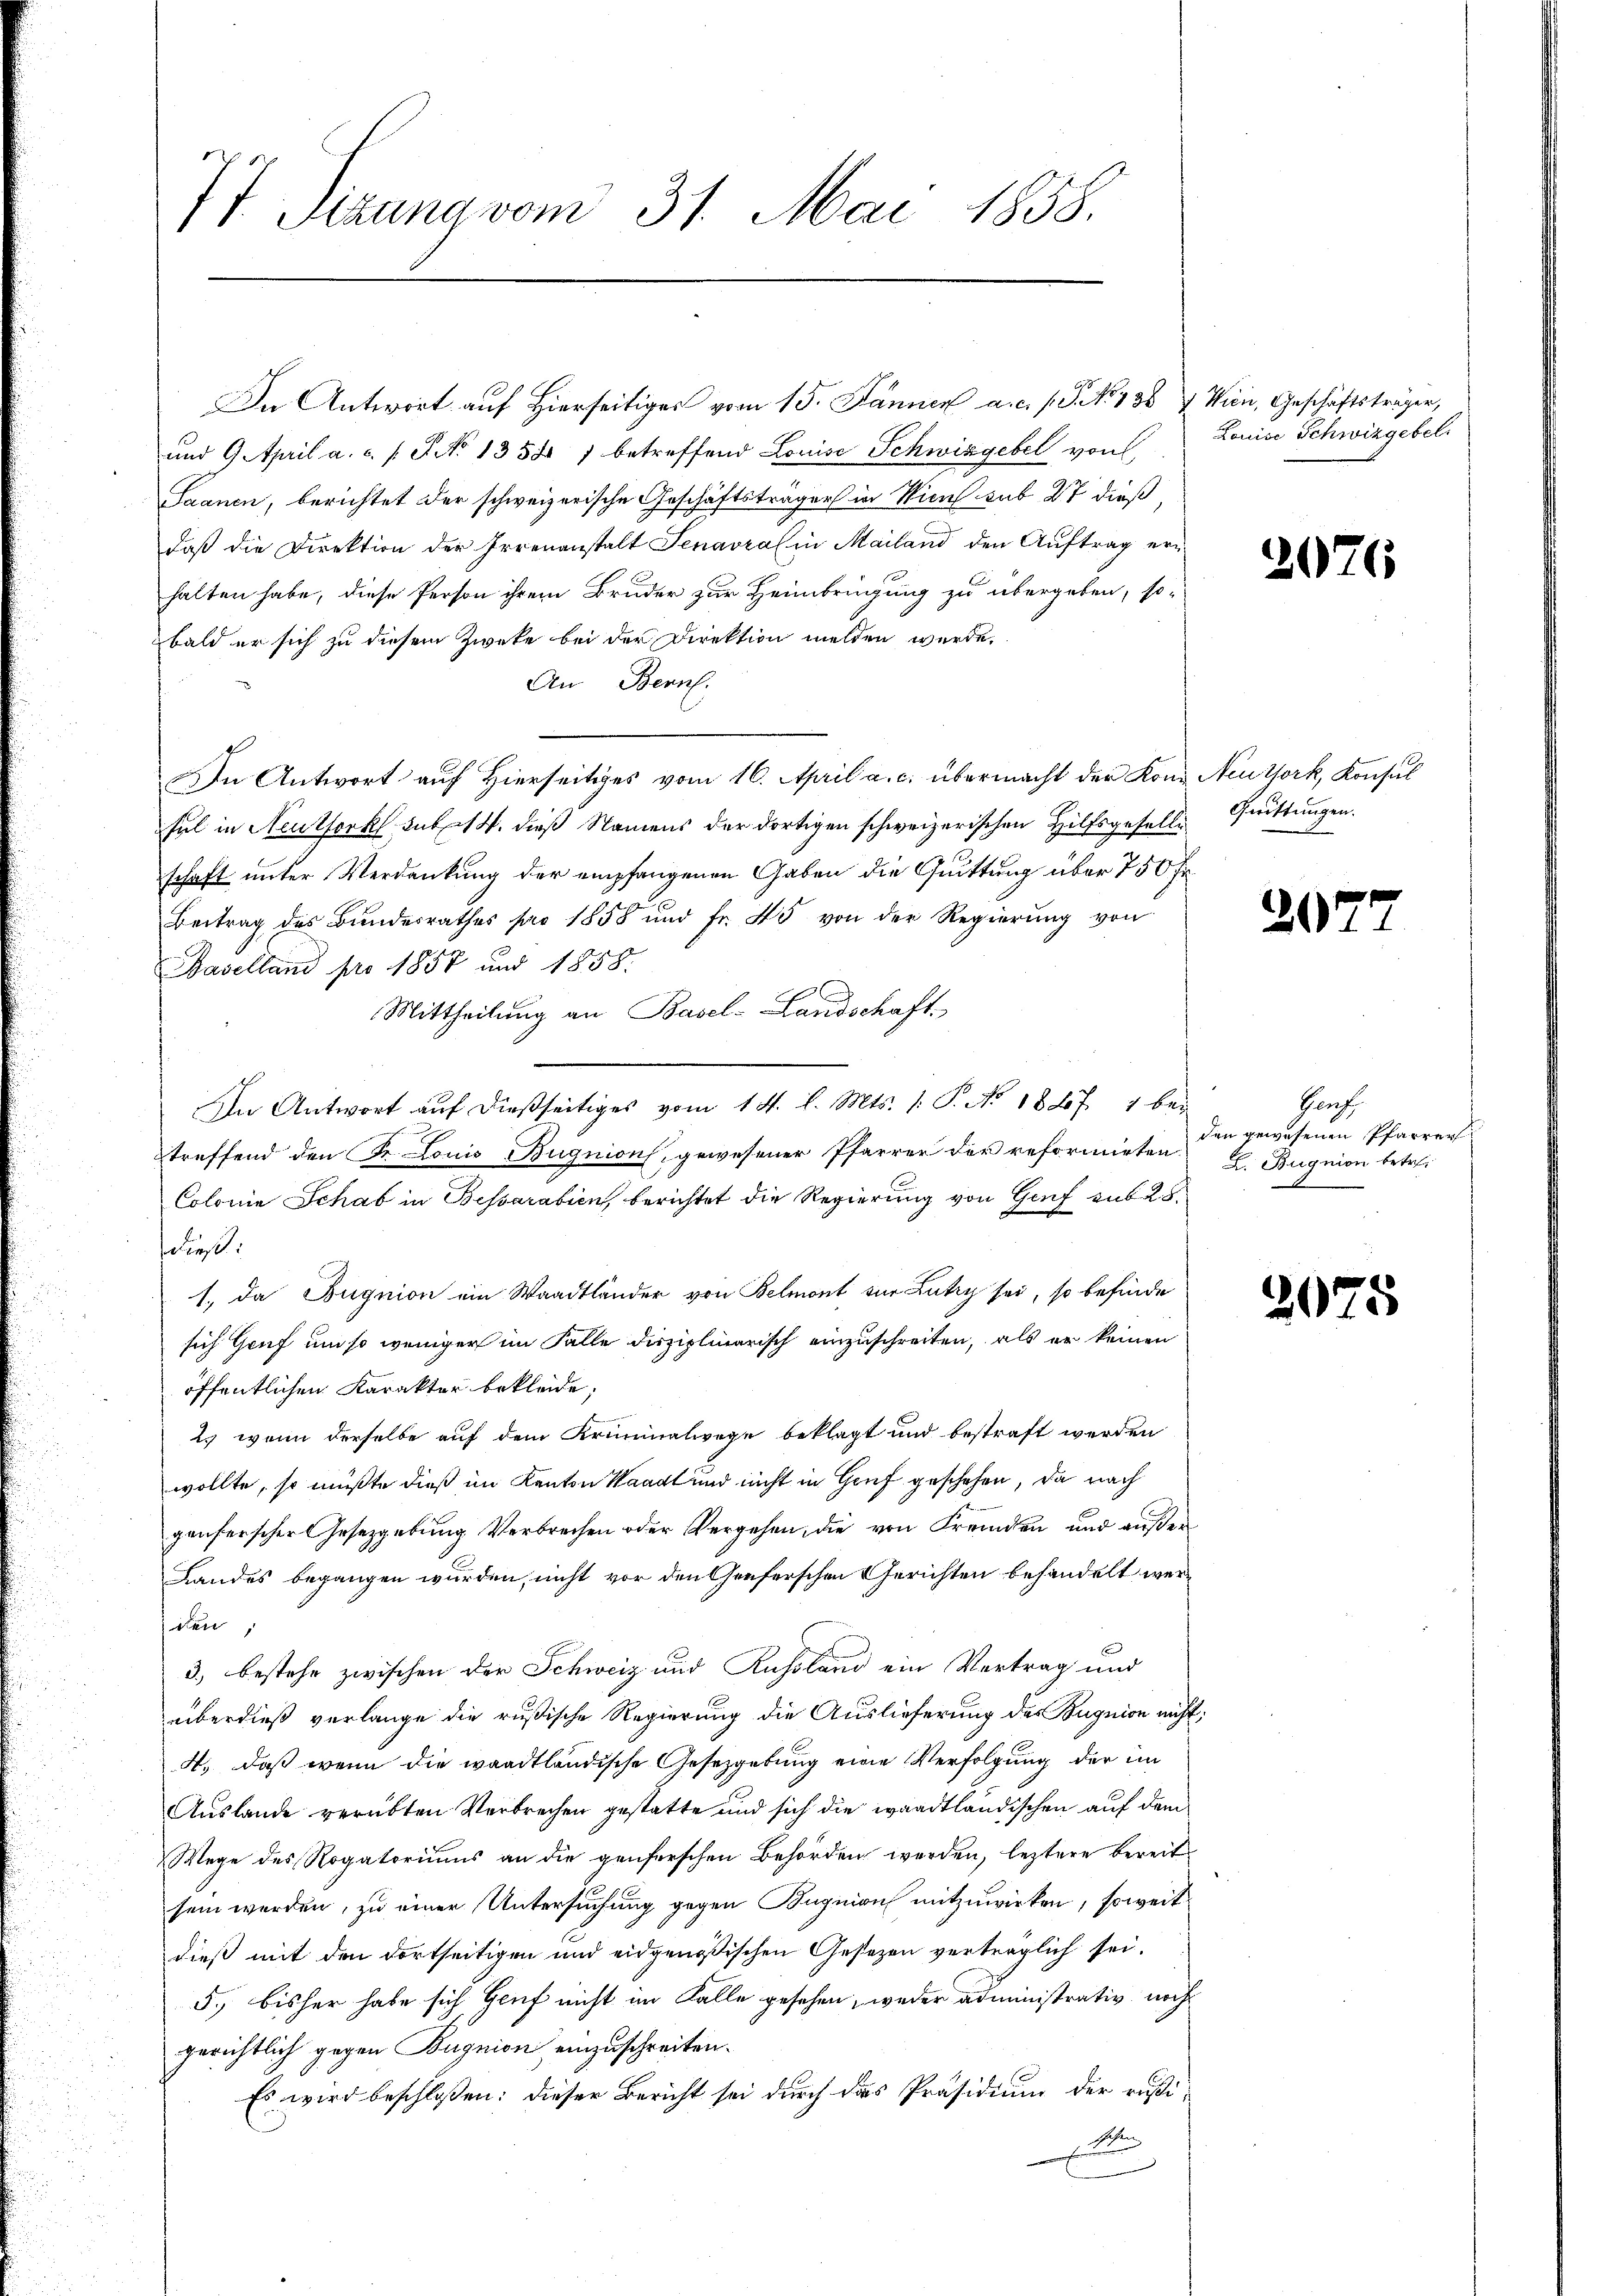
77. Seizung vom 31. Mai 1858.

In Antwort auf Hierseitiges vom 15. Jänner a.c. s. S. No. 136.  Wien, Geschäftsträger,
und 9. April a. c. s. S. No 1354) betreffend Louise Schwizgebel von
Saanen, berichtet der schweizerische Geschäftsträger in Wien sub 27 dieß,
daß die Direktion der Irrenanstalt Senavzal in Mailand den Auftrag ern
halten habe, diese Person ihrem Bruder zur Heimbringung zu übergeben, so-
bald er sich zu diesem Zwecke bei der Direktion melden wurde.
An Bern.
In Antwort auf Hierseitiges vom 16. April a. c. übermacht der Kond Neuthork, Konsul
Ful in Neutfork sub 14. dieß Namens der dortigen schweizerischen Hilfsgesellschaft unter Verdankung der empfangenen Gaben die Quittung über 750 Fr.
Beitrag des Bundesrathes pro 1858 und fr. 45 von der Regierŭng von
Baselland pro 1857 und 1858.
Mittheilung an Basel-Landschaft.
In Antwort aŭf dießseitiges vom 14. l. Mts. 1. P. No. 1827. 1 bei
treffend den Dr. Louis-Bugnion, gewesener Pfarrer der reformirten
Colonie Schab in Bessarabien, berichtet die Regierung von Genf sub 28.
e.
1., da Bugnion ein Waadtländer von Belmont von Lutzy sei, so befinde
sich Genf um so weniger im Falle disziplinarisch einzuschreiten, als er keinen
öffentlichen Karakter bekleide,
2. wenn derselbe auf dem Kriminalwege beklagt und bestraft werden
wollte, so müßte dieß im Kanton Waadt und nicht in Gruf geschehen, da nach
ganferscher Gesetzgebung Verbrechen oder Vergehen, die von Fremden und außer¬
Landes begangen wurden, nicht vor den Genferschen Gerichten behandelt werden;
3, bestehe zwischen der Schweiz und Russland ein Vertrag und
überdieß verlange die rußische Regierung die Auslieferung des Bugnion nicht
A., daß wenn die waadtländische Gesetzgebung eine Verfolgung der im
Auslande verübten Verbrechen gestatte und sich die waadtländischen auf dem
Wege des Rogatoriums an die genferschen Behörden werden, leztere bereit
sein werden, zu einer Untersuchung gegen Bugision mitzuwirken, soweit
dieß mit den dortseitigen und eidgenößischen Gesezen verträglich sei.
5., bisher habe sich Genf nicht im Falle gesehen, weder administrativ noch
gerichtlich gegen Bugnion einzuschreiten.
Es wird beschloßen: dieser Bericht sei durch das Präsidium der rusid

Louise Schwizgebel.

2

Geistungen.

2

20

1

Hansh
den gewesenen Pfarrer
L. Bugnion betr.

5